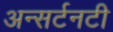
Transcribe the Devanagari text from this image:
अन्सर्टनटी